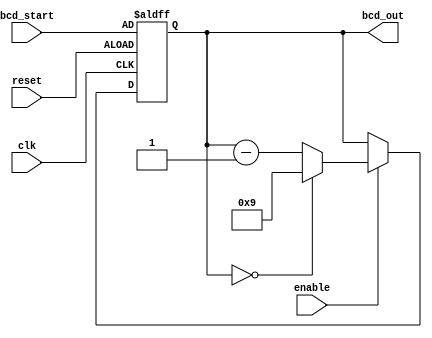
module BCD_Down_Counter(
    input wire clk,
    input wire reset,
    input wire enable,
    input wire [3:0] bcd_start,
    output reg [3:0] bcd_out
);

reg [3:0] count;

always @(posedge clk or posedge reset) begin
    if (reset) begin
        count <= bcd_start;
    end
    else if (enable) begin
        if (count == 4'b0000) begin
            count <= 4'b1001; // Set maximum BCD value
        end
        else begin
            count <= count - 1;
        end
    end
end

assign bcd_out = count;

endmodule